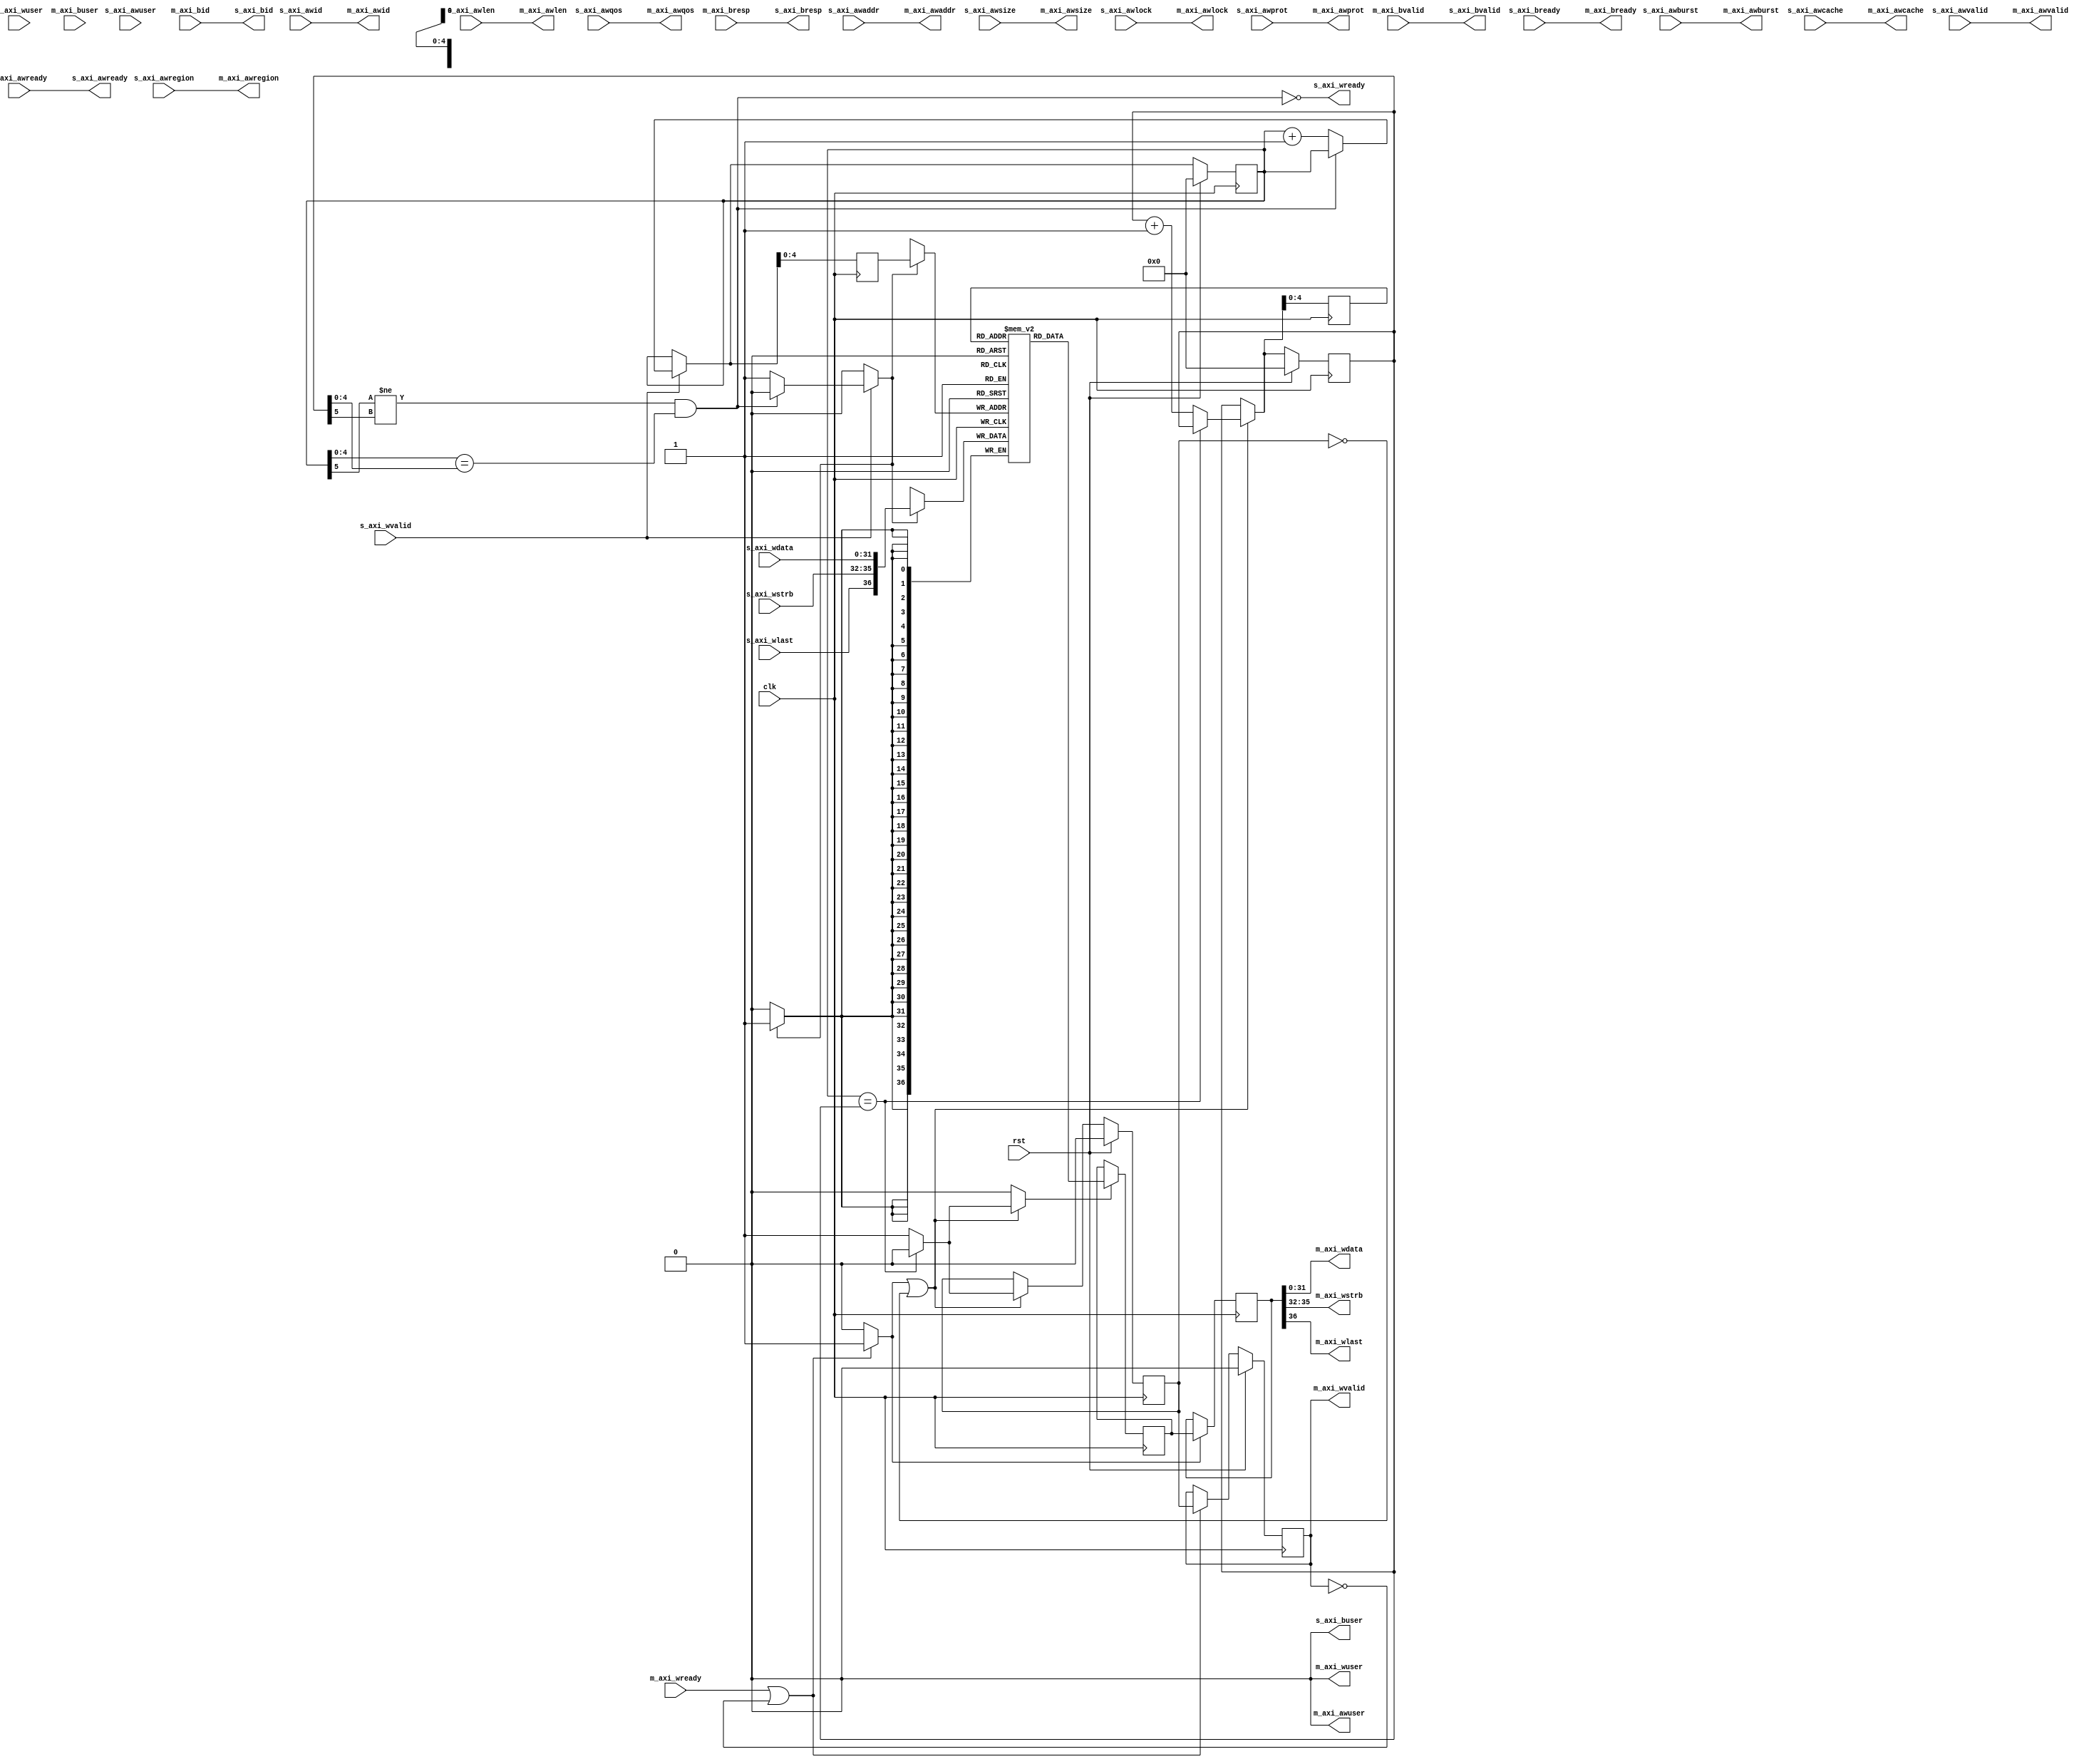
/*

Copyright (c) 2018 Alex Forencich

Permission is hereby granted, free of charge, to any person obtaining a copy
of this software and associated documentation files (the "Software"), to deal
in the Software without restriction, including without limitation the rights
to use, copy, modify, merge, publish, distribute, sublicense, and/or sell
copies of the Software, and to permit persons to whom the Software is
furnished to do so, subject to the following conditions:

The above copyright notice and this permission notice shall be included in
all copies or substantial portions of the Software.

THE SOFTWARE IS PROVIDED "AS IS", WITHOUT WARRANTY OF ANY KIND, EXPRESS OR
IMPLIED, INCLUDING BUT NOT LIMITED TO THE WARRANTIES OF MERCHANTABILITY
FITNESS FOR A PARTICULAR PURPOSE AND NONINFRINGEMENT. IN NO EVENT SHALL THE
AUTHORS OR COPYRIGHT HOLDERS BE LIABLE FOR ANY CLAIM, DAMAGES OR OTHER
LIABILITY, WHETHER IN AN ACTION OF CONTRACT, TORT OR OTHERWISE, ARISING FROM,
OUT OF OR IN CONNECTION WITH THE SOFTWARE OR THE USE OR OTHER DEALINGS IN
THE SOFTWARE.

*/

// Language: Verilog 2001

`timescale 1ns / 1ps

/*
 * AXI4 FIFO (write)
 */
module axi_fifo_wr #
(
    // Width of data bus in bits
    parameter DATA_WIDTH = 32,
    // Width of address bus in bits
    parameter ADDR_WIDTH = 32,
    // Width of wstrb (width of data bus in words)
    parameter STRB_WIDTH = (DATA_WIDTH/8),
    // Width of ID signal
    parameter ID_WIDTH = 8,
    // Propagate awuser signal
    parameter AWUSER_ENABLE = 0,
    // Width of awuser signal
    parameter AWUSER_WIDTH = 1,
    // Propagate wuser signal
    parameter WUSER_ENABLE = 0,
    // Width of wuser signal
    parameter WUSER_WIDTH = 1,
    // Propagate buser signal
    parameter BUSER_ENABLE = 0,
    // Width of buser signal
    parameter BUSER_WIDTH = 1,
    // Write data FIFO depth (cycles)
    parameter FIFO_DEPTH = 32,
    // Hold write address until write data in FIFO, if possible
    parameter FIFO_DELAY = 0
)
(
    input  wire                     clk,
    input  wire                     rst,

    /*
     * AXI slave interface
     */
    input  wire [ID_WIDTH-1:0]      s_axi_awid,
    input  wire [ADDR_WIDTH-1:0]    s_axi_awaddr,
    input  wire [7:0]               s_axi_awlen,
    input  wire [2:0]               s_axi_awsize,
    input  wire [1:0]               s_axi_awburst,
    input  wire                     s_axi_awlock,
    input  wire [3:0]               s_axi_awcache,
    input  wire [2:0]               s_axi_awprot,
    input  wire [3:0]               s_axi_awqos,
    input  wire [3:0]               s_axi_awregion,
    input  wire [AWUSER_WIDTH-1:0]  s_axi_awuser,
    input  wire                     s_axi_awvalid,
    output wire                     s_axi_awready,
    input  wire [DATA_WIDTH-1:0]    s_axi_wdata,
    input  wire [STRB_WIDTH-1:0]    s_axi_wstrb,
    input  wire                     s_axi_wlast,
    input  wire [WUSER_WIDTH-1:0]   s_axi_wuser,
    input  wire                     s_axi_wvalid,
    output wire                     s_axi_wready,
    output wire [ID_WIDTH-1:0]      s_axi_bid,
    output wire [1:0]               s_axi_bresp,
    output wire [BUSER_WIDTH-1:0]   s_axi_buser,
    output wire                     s_axi_bvalid,
    input  wire                     s_axi_bready,

    /*
     * AXI master interface
     */
    output wire [ID_WIDTH-1:0]      m_axi_awid,
    output wire [ADDR_WIDTH-1:0]    m_axi_awaddr,
    output wire [7:0]               m_axi_awlen,
    output wire [2:0]               m_axi_awsize,
    output wire [1:0]               m_axi_awburst,
    output wire                     m_axi_awlock,
    output wire [3:0]               m_axi_awcache,
    output wire [2:0]               m_axi_awprot,
    output wire [3:0]               m_axi_awqos,
    output wire [3:0]               m_axi_awregion,
    output wire [AWUSER_WIDTH-1:0]  m_axi_awuser,
    output wire                     m_axi_awvalid,
    input  wire                     m_axi_awready,
    output wire [DATA_WIDTH-1:0]    m_axi_wdata,
    output wire [STRB_WIDTH-1:0]    m_axi_wstrb,
    output wire                     m_axi_wlast,
    output wire [WUSER_WIDTH-1:0]   m_axi_wuser,
    output wire                     m_axi_wvalid,
    input  wire                     m_axi_wready,
    input  wire [ID_WIDTH-1:0]      m_axi_bid,
    input  wire [1:0]               m_axi_bresp,
    input  wire [BUSER_WIDTH-1:0]   m_axi_buser,
    input  wire                     m_axi_bvalid,
    output wire                     m_axi_bready
);

parameter STRB_OFFSET  = DATA_WIDTH;
parameter LAST_OFFSET  = STRB_OFFSET + STRB_WIDTH;
parameter WUSER_OFFSET = LAST_OFFSET + 1;
parameter WWIDTH       = WUSER_OFFSET + (WUSER_ENABLE ? WUSER_WIDTH : 0);

parameter FIFO_ADDR_WIDTH = $clog2(FIFO_DEPTH);

reg [FIFO_ADDR_WIDTH:0] wr_ptr_reg = {FIFO_ADDR_WIDTH+1{1'b0}}, wr_ptr_next;
reg [FIFO_ADDR_WIDTH:0] wr_addr_reg = {FIFO_ADDR_WIDTH+1{1'b0}};
reg [FIFO_ADDR_WIDTH:0] rd_ptr_reg = {FIFO_ADDR_WIDTH+1{1'b0}}, rd_ptr_next;
reg [FIFO_ADDR_WIDTH:0] rd_addr_reg = {FIFO_ADDR_WIDTH+1{1'b0}};

reg [WWIDTH-1:0] mem[(2**FIFO_ADDR_WIDTH)-1:0];
reg [WWIDTH-1:0] mem_read_data_reg;
reg mem_read_data_valid_reg = 1'b0, mem_read_data_valid_next;

wire [WWIDTH-1:0] s_axi_w;

reg [WWIDTH-1:0] m_axi_w_reg;
reg m_axi_wvalid_reg = 1'b0, m_axi_wvalid_next;

// full when first MSB different but rest same
wire full = ((wr_ptr_reg[FIFO_ADDR_WIDTH] != rd_ptr_reg[FIFO_ADDR_WIDTH]) &&
             (wr_ptr_reg[FIFO_ADDR_WIDTH-1:0] == rd_ptr_reg[FIFO_ADDR_WIDTH-1:0]));
// empty when pointers match exactly
wire empty = wr_ptr_reg == rd_ptr_reg;

wire hold;

// control signals
reg write;
reg read;
reg store_output;

assign s_axi_wready = !full && !hold;

generate
    assign s_axi_w[DATA_WIDTH-1:0] = s_axi_wdata;
    assign s_axi_w[STRB_OFFSET +: STRB_WIDTH] = s_axi_wstrb;
    assign s_axi_w[LAST_OFFSET] = s_axi_wlast;
    if (WUSER_ENABLE) assign s_axi_w[WUSER_OFFSET +: WUSER_WIDTH] = s_axi_wuser;
endgenerate

generate

if (FIFO_DELAY) begin
    // store AW channel value until W channel burst is stored in FIFO or FIFO is full

    localparam [1:0]
        STATE_IDLE = 2'd0,
        STATE_TRANSFER_IN = 2'd1,
        STATE_TRANSFER_OUT = 2'd2;

    reg [1:0] state_reg = STATE_IDLE, state_next;

    reg hold_reg = 1'b1, hold_next;
    reg [8:0] count_reg = 9'd0, count_next;

    reg [ID_WIDTH-1:0] m_axi_awid_reg = {ID_WIDTH{1'b0}}, m_axi_awid_next;
    reg [ADDR_WIDTH-1:0] m_axi_awaddr_reg = {ADDR_WIDTH{1'b0}}, m_axi_awaddr_next;
    reg [7:0] m_axi_awlen_reg = 8'd0, m_axi_awlen_next;
    reg [2:0] m_axi_awsize_reg = 3'd0, m_axi_awsize_next;
    reg [1:0] m_axi_awburst_reg = 2'd0, m_axi_awburst_next;
    reg m_axi_awlock_reg = 1'b0, m_axi_awlock_next;
    reg [3:0] m_axi_awcache_reg = 4'd0, m_axi_awcache_next;
    reg [2:0] m_axi_awprot_reg = 3'd0, m_axi_awprot_next;
    reg [3:0] m_axi_awqos_reg = 4'd0, m_axi_awqos_next;
    reg [3:0] m_axi_awregion_reg = 4'd0, m_axi_awregion_next;
    reg [AWUSER_WIDTH-1:0] m_axi_awuser_reg = {AWUSER_WIDTH{1'b0}}, m_axi_awuser_next;
    reg m_axi_awvalid_reg = 1'b0, m_axi_awvalid_next;

    reg s_axi_awready_reg = 1'b0, s_axi_awready_next;

    assign m_axi_awid = m_axi_awid_reg;
    assign m_axi_awaddr = m_axi_awaddr_reg;
    assign m_axi_awlen = m_axi_awlen_reg;
    assign m_axi_awsize = m_axi_awsize_reg;
    assign m_axi_awburst = m_axi_awburst_reg;
    assign m_axi_awlock = m_axi_awlock_reg;
    assign m_axi_awcache = m_axi_awcache_reg;
    assign m_axi_awprot = m_axi_awprot_reg;
    assign m_axi_awqos = m_axi_awqos_reg;
    assign m_axi_awregion = m_axi_awregion_reg;
    assign m_axi_awuser = AWUSER_ENABLE ? m_axi_awuser_reg : {AWUSER_WIDTH{1'b0}};
    assign m_axi_awvalid = m_axi_awvalid_reg;

    assign s_axi_awready = s_axi_awready_reg;

    assign hold = hold_reg;

    always @* begin
        state_next = STATE_IDLE;

        hold_next = hold_reg;
        count_next = count_reg;

        m_axi_awid_next = m_axi_awid_reg;
        m_axi_awaddr_next = m_axi_awaddr_reg;
        m_axi_awlen_next = m_axi_awlen_reg;
        m_axi_awsize_next = m_axi_awsize_reg;
        m_axi_awburst_next = m_axi_awburst_reg;
        m_axi_awlock_next = m_axi_awlock_reg;
        m_axi_awcache_next = m_axi_awcache_reg;
        m_axi_awprot_next = m_axi_awprot_reg;
        m_axi_awqos_next = m_axi_awqos_reg;
        m_axi_awregion_next = m_axi_awregion_reg;
        m_axi_awuser_next = m_axi_awuser_reg;
        m_axi_awvalid_next = m_axi_awvalid_reg && !m_axi_awready;
        s_axi_awready_next = s_axi_awready_reg;

        case (state_reg)
            STATE_IDLE: begin
                s_axi_awready_next = !m_axi_awvalid;
                hold_next = 1'b1;

                if (s_axi_awready & s_axi_awvalid) begin
                    s_axi_awready_next = 1'b0;

                    m_axi_awid_next = s_axi_awid;
                    m_axi_awaddr_next = s_axi_awaddr;
                    m_axi_awlen_next = s_axi_awlen;
                    m_axi_awsize_next = s_axi_awsize;
                    m_axi_awburst_next = s_axi_awburst;
                    m_axi_awlock_next = s_axi_awlock;
                    m_axi_awcache_next = s_axi_awcache;
                    m_axi_awprot_next = s_axi_awprot;
                    m_axi_awqos_next = s_axi_awqos;
                    m_axi_awregion_next = s_axi_awregion;
                    m_axi_awuser_next = s_axi_awuser;

                    hold_next = 1'b0;
                    count_next = 0;
                    state_next = STATE_TRANSFER_IN;
                end else begin
                    state_next = STATE_IDLE;
                end
            end
            STATE_TRANSFER_IN: begin
                s_axi_awready_next = 1'b0;
                hold_next = 1'b0;

                if (s_axi_wready & s_axi_wvalid) begin
                    count_next = count_reg + 1;
                    if (count_next == 2**FIFO_ADDR_WIDTH) begin
                        m_axi_awvalid_next = 1'b1;
                        state_next = STATE_TRANSFER_OUT;
                    end else if (count_reg == m_axi_awlen) begin
                        m_axi_awvalid_next = 1'b1;
                        hold_next = 1'b1;
                        state_next = STATE_IDLE;
                    end else begin
                        state_next = STATE_TRANSFER_IN;
                    end
                end else begin
                    state_next = STATE_TRANSFER_IN;
                end
            end
            STATE_TRANSFER_OUT: begin
                s_axi_awready_next = 1'b0;
                hold_next = 1'b0;

                if (s_axi_wready & s_axi_wvalid) begin
                    count_next = count_reg + 1;
                    if (count_reg == m_axi_awlen) begin
                        hold_next = 1'b1;
                        state_next = STATE_IDLE;
                    end else begin
                        state_next = STATE_TRANSFER_OUT;
                    end
                end else begin
                    state_next = STATE_TRANSFER_OUT;
                end
            end
        endcase
    end

    always @(posedge clk) begin
        if (rst) begin
            state_reg <= STATE_IDLE;
            hold_reg <= 1'b1;
            m_axi_awvalid_reg <= 1'b0;
            s_axi_awready_reg <= 1'b0;
        end else begin
            state_reg <= state_next;
            hold_reg <= hold_next;
            m_axi_awvalid_reg <= m_axi_awvalid_next;
            s_axi_awready_reg <= s_axi_awready_next;
        end

        count_reg <= count_next;

        m_axi_awid_reg <= m_axi_awid_next;
        m_axi_awaddr_reg <= m_axi_awaddr_next;
        m_axi_awlen_reg <= m_axi_awlen_next;
        m_axi_awsize_reg <= m_axi_awsize_next;
        m_axi_awburst_reg <= m_axi_awburst_next;
        m_axi_awlock_reg <= m_axi_awlock_next;
        m_axi_awcache_reg <= m_axi_awcache_next;
        m_axi_awprot_reg <= m_axi_awprot_next;
        m_axi_awqos_reg <= m_axi_awqos_next;
        m_axi_awregion_reg <= m_axi_awregion_next;
        m_axi_awuser_reg <= m_axi_awuser_next;
    end
end else begin
    // bypass AW channel
    assign m_axi_awid = s_axi_awid;
    assign m_axi_awaddr = s_axi_awaddr;
    assign m_axi_awlen = s_axi_awlen;
    assign m_axi_awsize = s_axi_awsize;
    assign m_axi_awburst = s_axi_awburst;
    assign m_axi_awlock = s_axi_awlock;
    assign m_axi_awcache = s_axi_awcache;
    assign m_axi_awprot = s_axi_awprot;
    assign m_axi_awqos = s_axi_awqos;
    assign m_axi_awregion = s_axi_awregion;
    assign m_axi_awuser = AWUSER_ENABLE ? s_axi_awuser : {AWUSER_WIDTH{1'b0}};
    assign m_axi_awvalid = s_axi_awvalid;
    assign s_axi_awready = m_axi_awready;

    assign hold = 1'b0;
end

endgenerate

// bypass B channel
assign s_axi_bid = m_axi_bid;
assign s_axi_bresp = m_axi_bresp;
assign s_axi_buser = BUSER_ENABLE ? m_axi_buser : {BUSER_WIDTH{1'b0}};
assign s_axi_bvalid = m_axi_bvalid;
assign m_axi_bready = s_axi_bready;

assign m_axi_wvalid = m_axi_wvalid_reg;

assign m_axi_wdata = m_axi_w_reg[DATA_WIDTH-1:0];
assign m_axi_wstrb = m_axi_w_reg[STRB_OFFSET +: STRB_WIDTH];
assign m_axi_wlast = m_axi_w_reg[LAST_OFFSET];
assign m_axi_wuser = WUSER_ENABLE ? m_axi_w_reg[WUSER_OFFSET +: WUSER_WIDTH] : {WUSER_WIDTH{1'b0}};

// Write logic
always @* begin
    write = 1'b0;

    wr_ptr_next = wr_ptr_reg;

    if (s_axi_wvalid) begin
        // input data valid
        if (!full && !hold) begin
            // not full, perform write
            write = 1'b1;
            wr_ptr_next = wr_ptr_reg + 1;
        end
    end
end

always @(posedge clk) begin
    if (rst) begin
        wr_ptr_reg <= {FIFO_ADDR_WIDTH+1{1'b0}};
    end else begin
        wr_ptr_reg <= wr_ptr_next;
    end

    wr_addr_reg <= wr_ptr_next;

    if (write) begin
        mem[wr_addr_reg[FIFO_ADDR_WIDTH-1:0]] <= s_axi_w;
    end
end

// Read logic
always @* begin
    read = 1'b0;

    rd_ptr_next = rd_ptr_reg;

    mem_read_data_valid_next = mem_read_data_valid_reg;

    if (store_output || !mem_read_data_valid_reg) begin
        // output data not valid OR currently being transferred
        if (!empty) begin
            // not empty, perform read
            read = 1'b1;
            mem_read_data_valid_next = 1'b1;
            rd_ptr_next = rd_ptr_reg + 1;
        end else begin
            // empty, invalidate
            mem_read_data_valid_next = 1'b0;
        end
    end
end

always @(posedge clk) begin
    if (rst) begin
        rd_ptr_reg <= {FIFO_ADDR_WIDTH+1{1'b0}};
        mem_read_data_valid_reg <= 1'b0;
    end else begin
        rd_ptr_reg <= rd_ptr_next;
        mem_read_data_valid_reg <= mem_read_data_valid_next;
    end

    rd_addr_reg <= rd_ptr_next;

    if (read) begin
        mem_read_data_reg <= mem[rd_addr_reg[FIFO_ADDR_WIDTH-1:0]];
    end
end

// Output register
always @* begin
    store_output = 1'b0;

    m_axi_wvalid_next = m_axi_wvalid_reg;

    if (m_axi_wready || !m_axi_wvalid) begin
        store_output = 1'b1;
        m_axi_wvalid_next = mem_read_data_valid_reg;
    end
end

always @(posedge clk) begin
    if (rst) begin
        m_axi_wvalid_reg <= 1'b0;
    end else begin
        m_axi_wvalid_reg <= m_axi_wvalid_next;
    end

    if (store_output) begin
        m_axi_w_reg <= mem_read_data_reg;
    end
end

endmodule